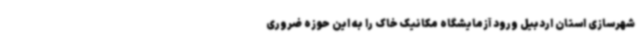
شهرسازی استان اردبیل ورود آزمایشگاه مکانیک خاک را به این حوزه ضروری